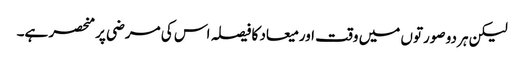
لیکن ہر دو صورتوں میں وقت اور میعاد کا فیصلہ اس کی مرضی پر منحصر ہے۔